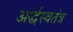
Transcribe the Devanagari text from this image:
अर्द्धस्वतंत्र